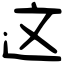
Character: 这